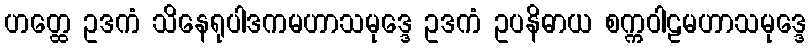
ဟတ္ထေ ဥဒကံ သိနေရုပါဒကမဟာသမုဒ္ဒေ ဥဒကံ ဥပနိဓာယ စက္ကဝါဠမဟာသမုဒ္ဒေ